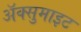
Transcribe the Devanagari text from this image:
अॅक्सुमाइट